38_143685_box_Incident_Summaries_101-172
Agency: Department of War
Page 124
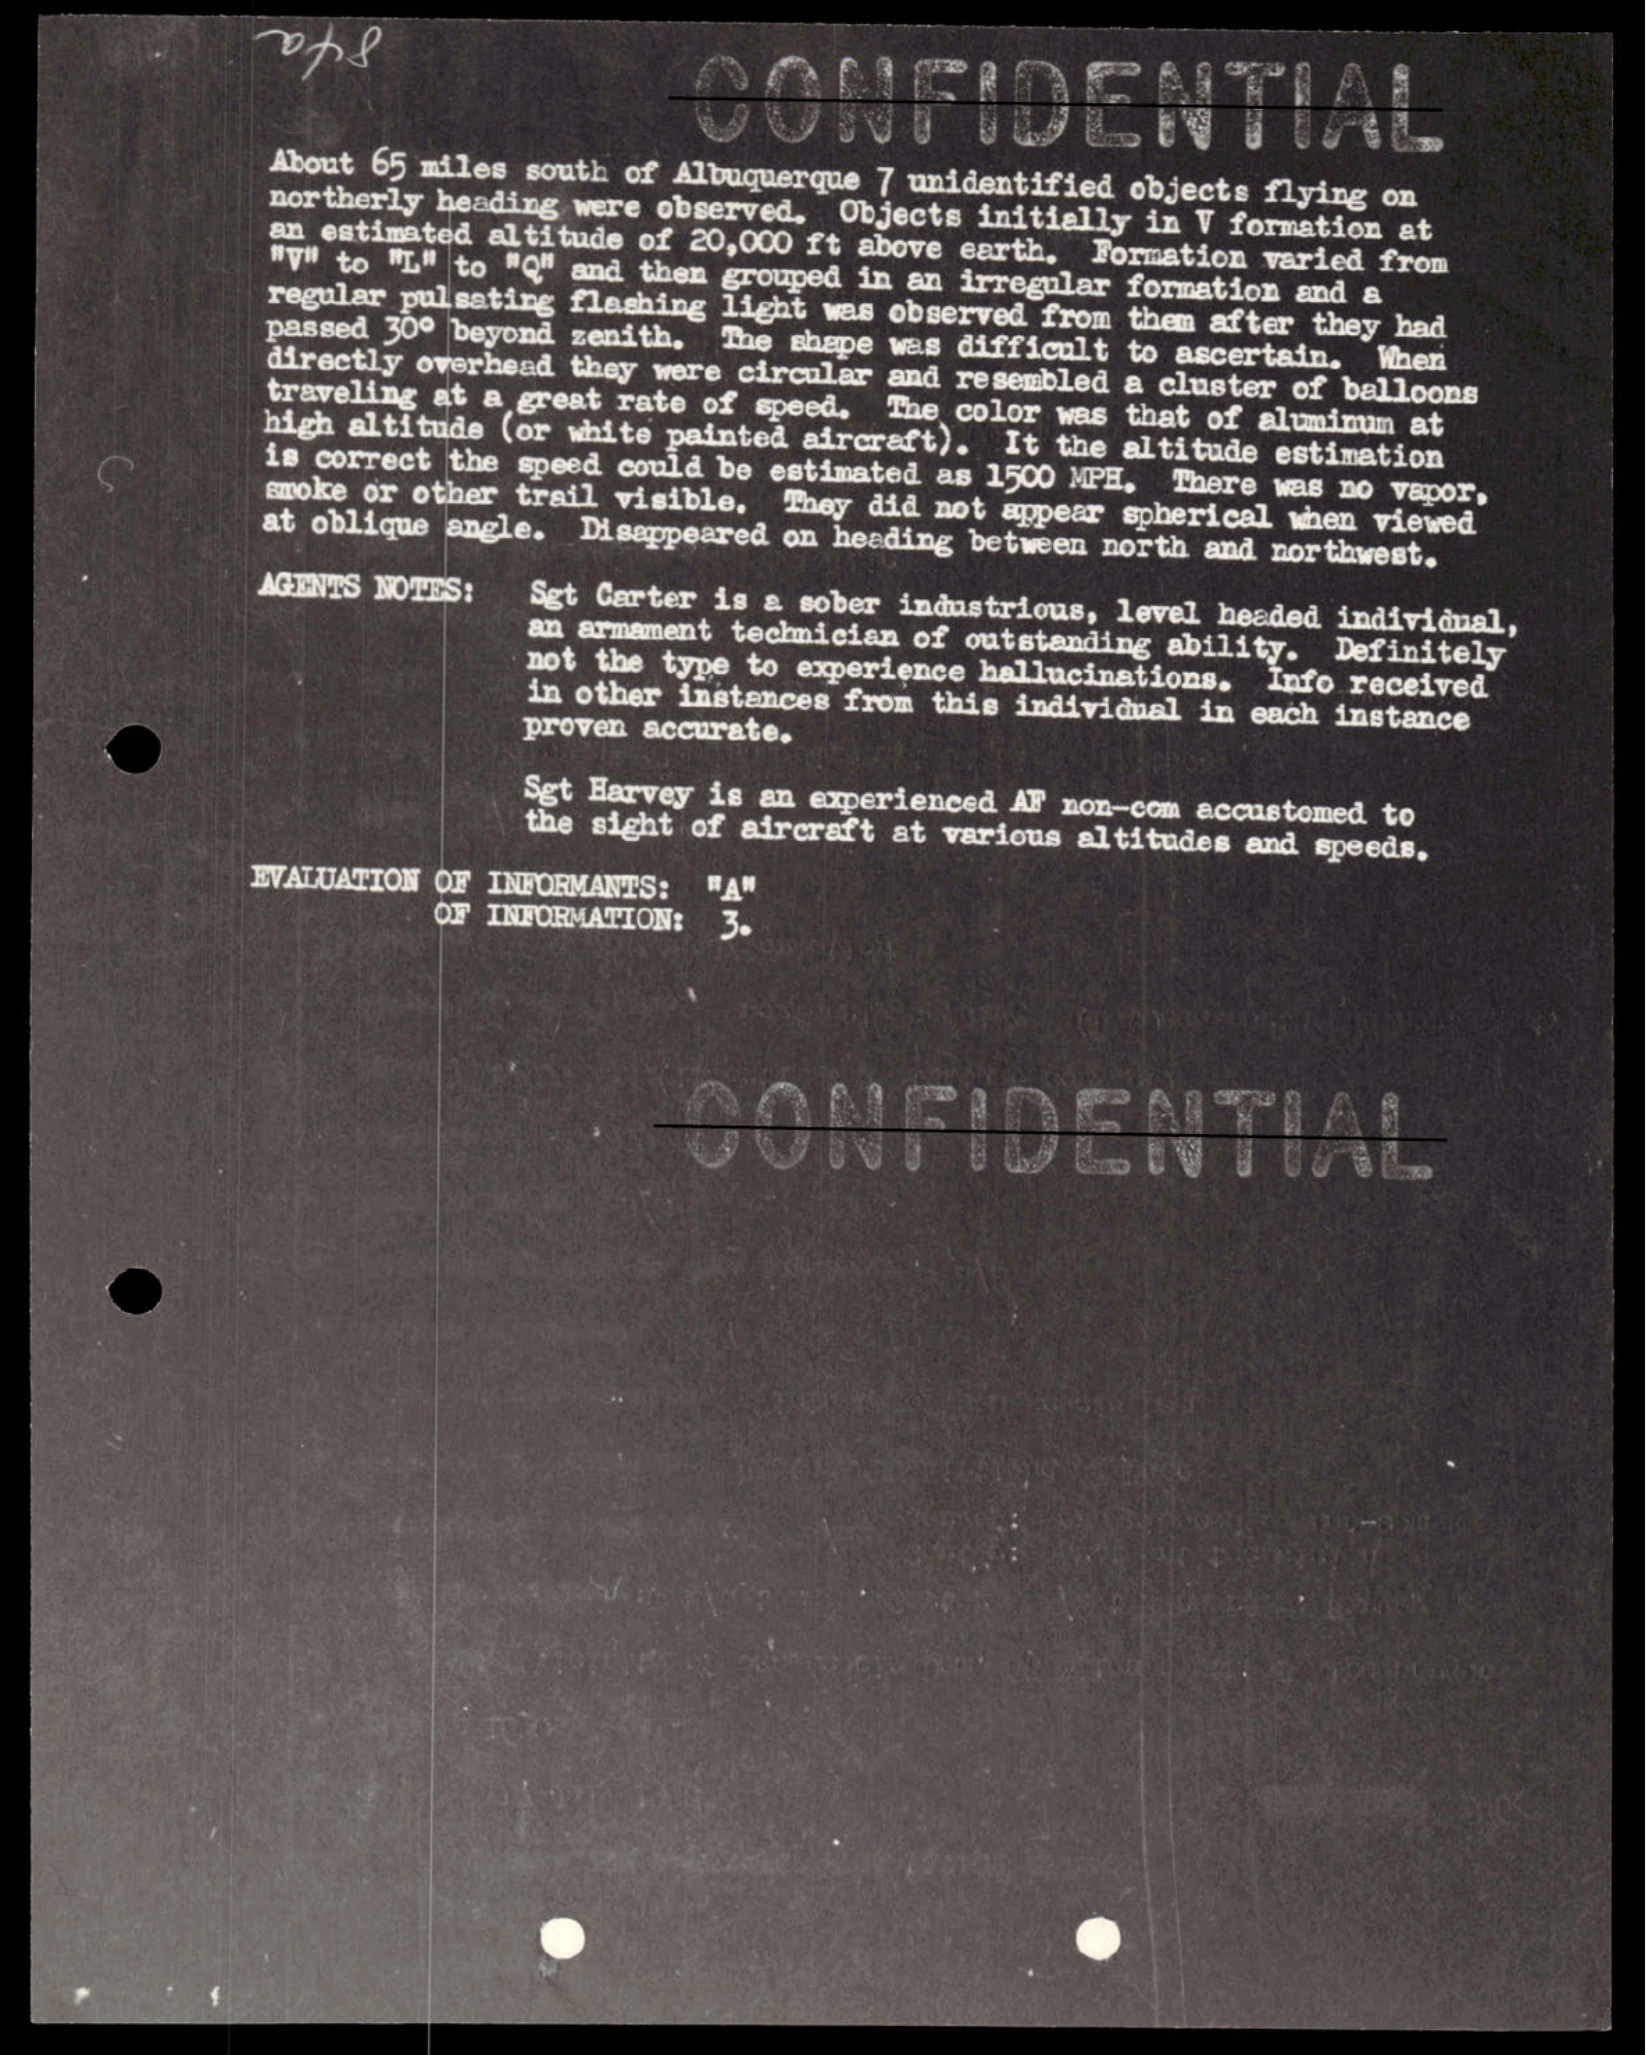